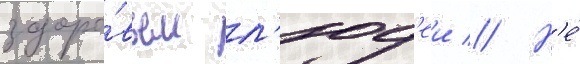
здоро́вьем л'юд'еи // Н'е́